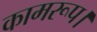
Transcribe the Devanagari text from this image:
कामरूप।